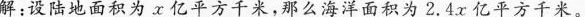
解：设陆地面积为x亿平方千米，那么海洋面积为2.4x亿平方千米。